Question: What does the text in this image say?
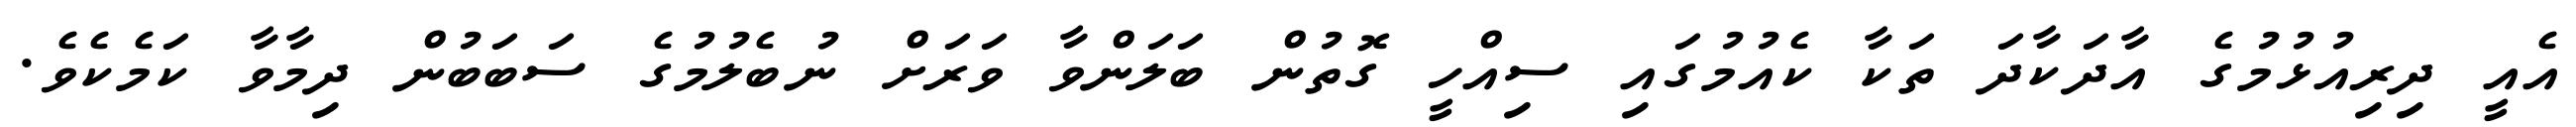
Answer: އެއީ ދިރިއުޅުމުގެ އާދަކާދަ ތަކާ ކެއުމުގައި ސިއްހީ ގޮތުން ބަލަންވާ ވަރަށް ނުބެލުމުގެ ސަބަބުން ދިމާވާ ކަމެކެވެ.